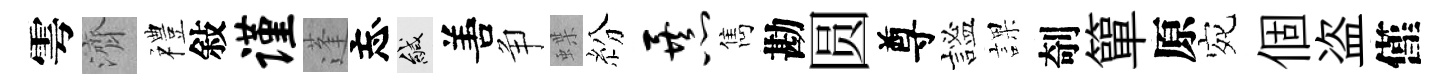
雩濟禮敍谨蓬忘緘𠵊争蝶紛暴雋勘圆尊謐課剞簞原宛個盗僅